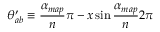
\theta _ { a b } ^ { \prime } \equiv \frac { \alpha _ { m a p } } { n } \pi - x \sin { \frac { \alpha _ { m a p } } { n } 2 \pi }